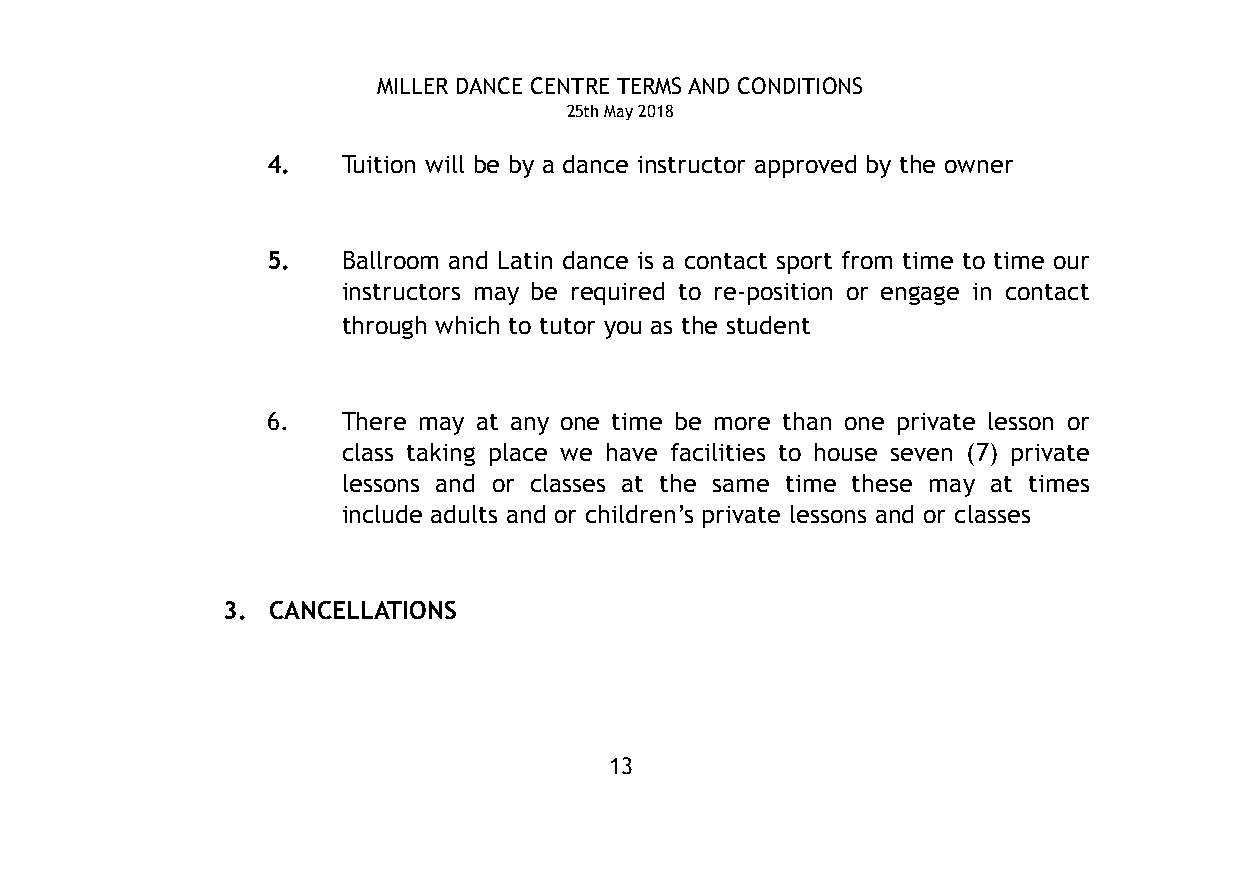
MILLER DANCE CENTRE TERMS AND CONDITIONS
 25th May 2018
 4.   Tuition will be by a dance instructor approved by the owner
 5.   Ballroom and Latin dance is a contact sport from time to time our
 instructors may be required to re-position or engage in contact
 through which to tutor you as the student
 6.   There may at any one time be more than one private lesson or
 class taking place we have facilities to house seven (7) private
 lessons and or classes at the same time these may at times
 include adults and or children’s private lessons and or classes
 3. CANCELLATIONS
 13